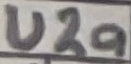
Text: U2a